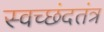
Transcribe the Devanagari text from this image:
स्वच्छंदतंत्र